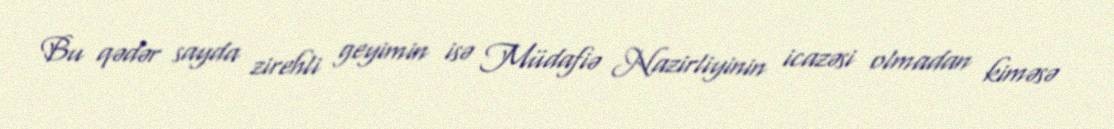
Bu qədər sayda zirehli geyimin isə Müdafiə Nazirliyinin icazəsi olmadan kiməsə